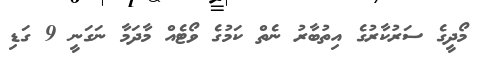
މޯދީގެ ސަރުކާރުގެ އިތުބާރު ނެތް ކަމުގެ ވޯޓެއް މާދަމާ ނަގަނީ 9 ގަޑި